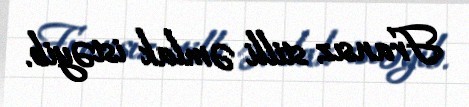
Fransız stilli əmlak istəyib.